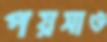
পয়সাও